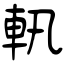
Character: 軐